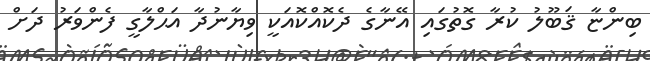
ބިންޏާ ޤަބޫލު ކުރާ ގޮތުގައި އޭނާގެ ދެކޮއްކޮއަކީ ވިޔާނުދާ އަޙްލާގީ ފެންވަރު ދަށް